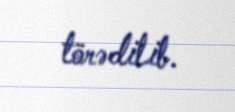
törədilib.